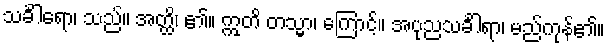
သင်္ခါရော၊ သည်။ အတ္ထိ၊ ၏။ ဣတိ တသ္မာ၊ ကြောင့်။ အပုညသင်္ခါရာ၊ မည်ကုန်၏။